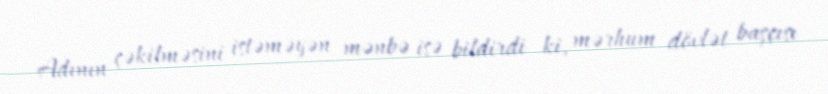
Adının çəkilməsini istəməyən mənbə isə bildirdi ki, mərhum dövlət başçısı